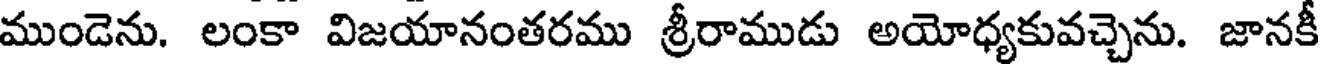
ముండెను. లంకా విజయానంతరము శ్రీరాముడు అయోధ్యకువచ్చెను. జానకీ